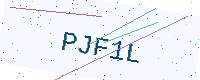
Text: PJF1L